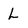
Character: L